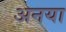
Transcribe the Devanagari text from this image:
अनया